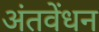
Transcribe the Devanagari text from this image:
अंतवेंधन